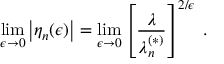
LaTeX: \operatorname * { l i m } _ { \epsilon \rightarrow 0 } \left| \eta _ { n } ( \epsilon ) \right| = \operatorname * { l i m } _ { \epsilon \rightarrow 0 } \left[ \frac { \lambda } { \lambda _ { n } ^ { ( \ast ) } } \right] ^ { 2 / \epsilon } \; .